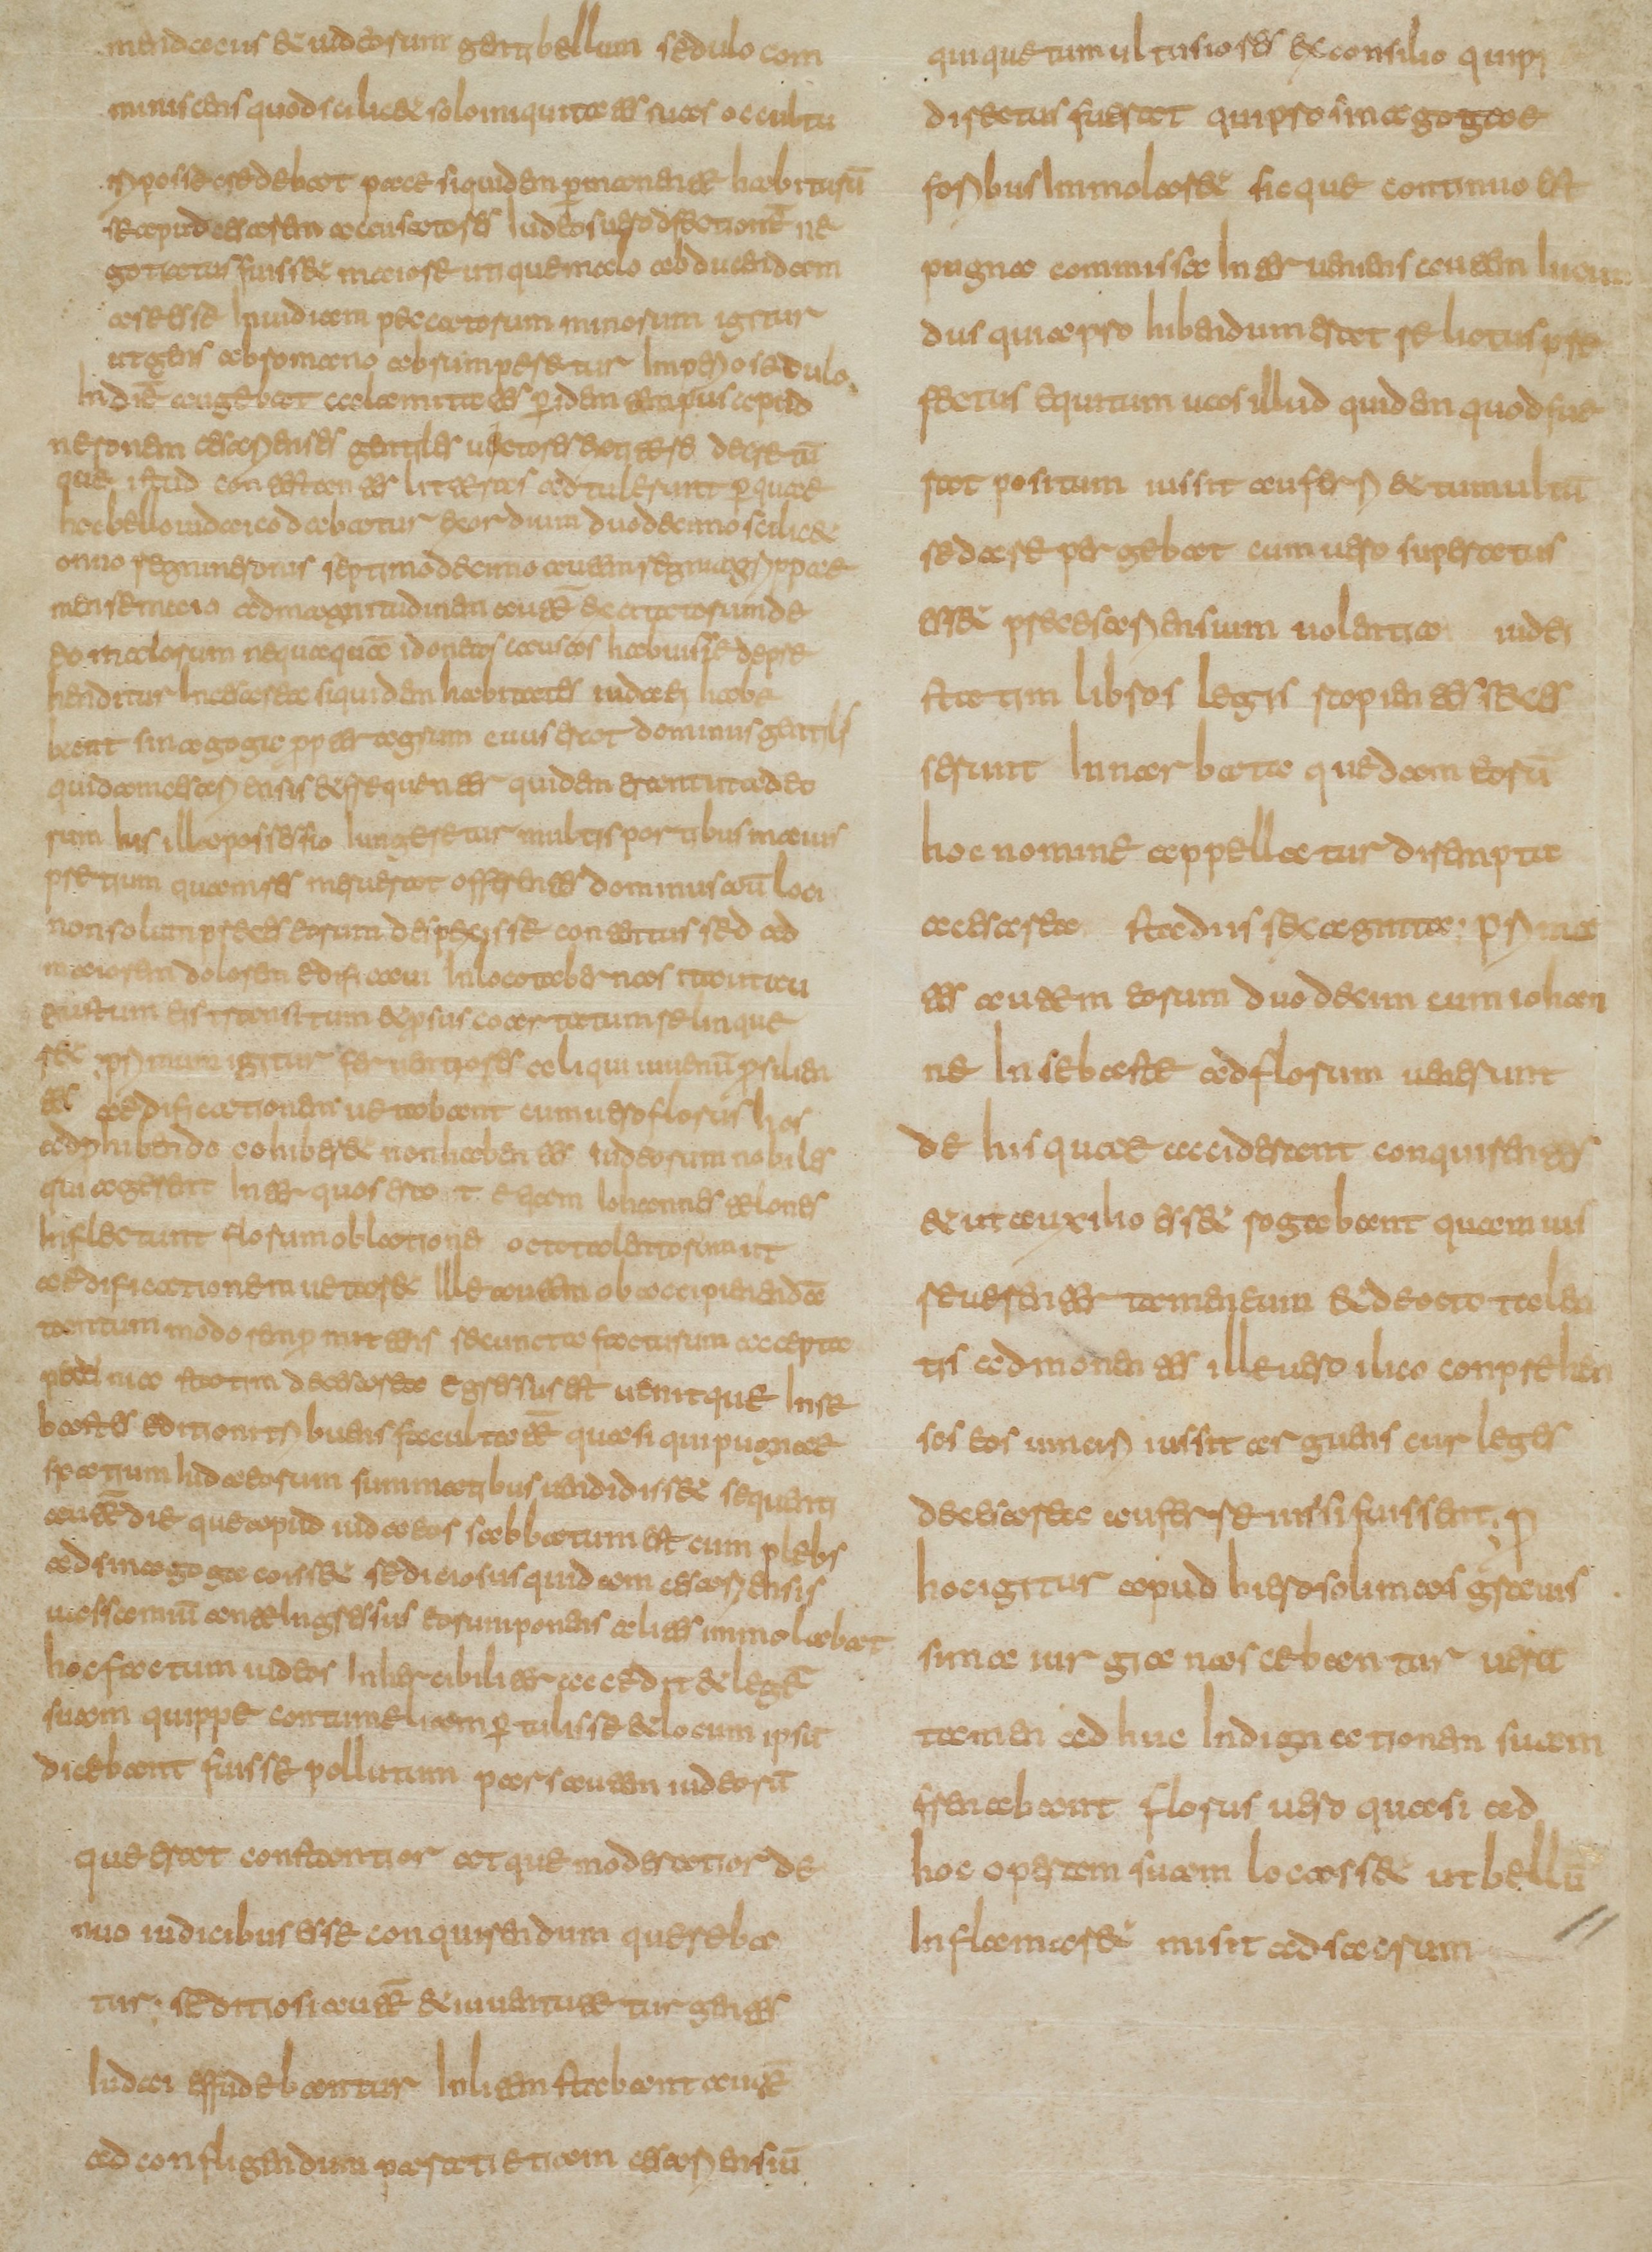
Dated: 800–849